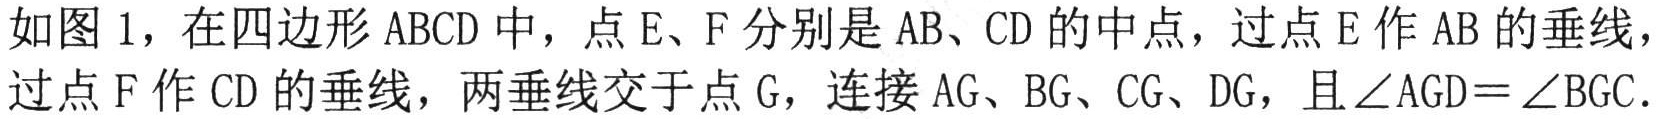
如图 1，在四边形 \(ABCD\) 中，点 \(E、F\) 分别是 \(AB、CD\) 的中点，过点 \(E\) 作 \(AB\) 的垂线，过点 \(F\) 作 \(CD\) 的垂线，两垂线交于点 \(G\)，连接 \(AG、BG、CG、DG\)，且 \(\angle AGD = \angle BGC\).